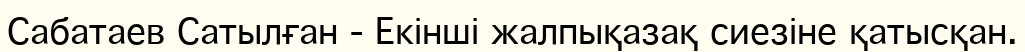
Сабатаев Сатылған - Екінші жалпықазақ сиезіне қатысқан.